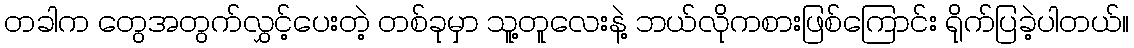
တခါက တွေအတွက်လွှင့်ပေးတဲ့ တစ်ခုမှာ သူ့တူလေးနဲ့ ဘယ်လိုကစားဖြစ်ကြောင်း ရိုက်ပြခဲ့ပါတယ်။